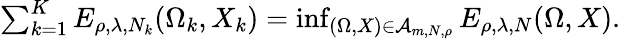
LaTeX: \begin{array}{r}{\sum_{k=1}^{K}E_{\rho,\lambda,N_{k}}(\Omega_{k},X_{k})=\operatorname*{inf}_{(\Omega,X)\in\mathcal A_{m,N,\rho}}E_{\rho,\lambda,N}(\Omega,X).}\end{array}